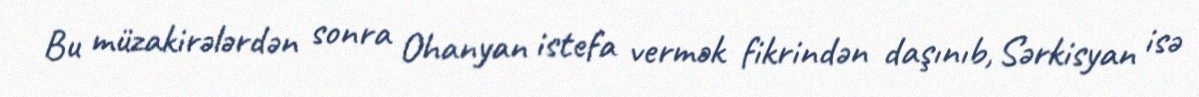
Bu müzakirələrdən sonra Ohanyan istefa vermək fikrindən daşınıb, Sərkisyan isə